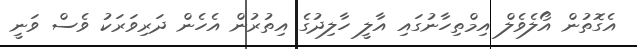
އެގޮތުން އޯލެވެލް އިމްތިހާނުގައި އާލީ ހާލިދުގެ އިތުރުން އެހެން ދަރިވަރަކު ވެސް ވަނީ